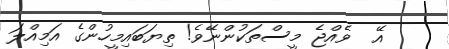
އޭ  ވެއްޖެ މީސްތަކުންނޭވެ! ތިޔަބައިމީހުންގެ އަމިއްލަ